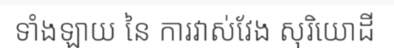
ទាំងឡាយ នៃ ការវាស់វែង សុរិយោដី